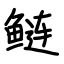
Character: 鲢